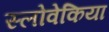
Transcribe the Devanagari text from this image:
स्लोवेकिया